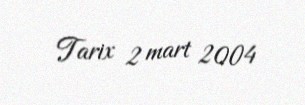
Tarix 2 mart 2004